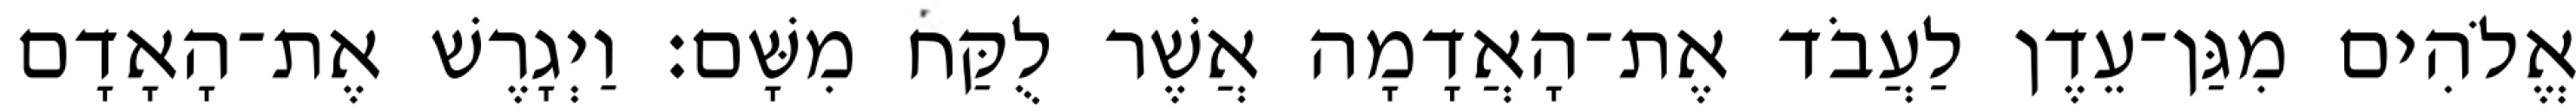
אֱלֹהִים מִגַּן־עֵדֶן לַעֲבֹד אֶת־הָאֲדָמָה אֲשֶׁר לֻקַּח מִשָּׁם׃ וַיְגָרֶשׁ אֶת־הָאָדָם